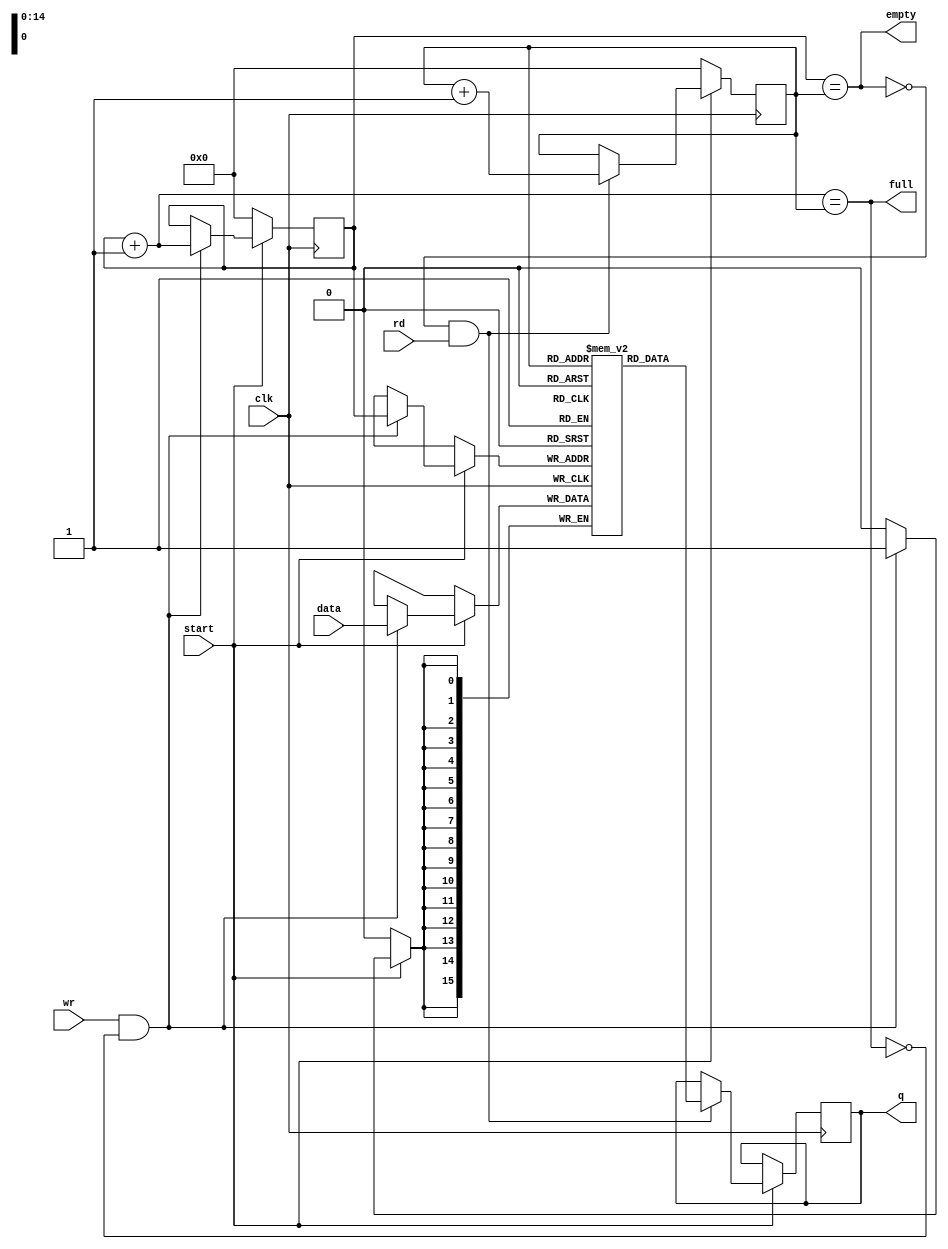
module pip
#(parameter DATA_WIDTH=16, parameter ADDR_WIDTH=15)
	(
        input clk,
        input start,
        input rd,
        input wr,		
        input [(DATA_WIDTH-1):0] data,
        output reg [(DATA_WIDTH-1):0] q,
        output empty,
		  output full
	);

reg [(ADDR_WIDTH-1):0] read_addr;
reg [(ADDR_WIDTH-1):0] write_addr;
reg [DATA_WIDTH-1:0] ram[2**ADDR_WIDTH-1:0];

wire [(ADDR_WIDTH-1):0] next_write_addr;

assign next_write_addr = ( write_addr + 1 );
assign full = ( next_write_addr == read_addr );
assign empty = ( write_addr == read_addr );

always @( posedge clk ) begin
	if ( start == 0 ) begin
		 read_addr <= 0;
		 write_addr <= 0;
	end else begin
		if ( wr && !full ) begin
			ram[write_addr] <= data;
			write_addr <= write_addr + 1'b1;
		end
		if ( empty == 0 && rd ) begin
			  q <= ram[read_addr];
			  read_addr <= read_addr+1'b1;
		end
	end
end

endmodule